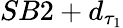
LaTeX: SB2+d_{\tau_{1}}